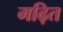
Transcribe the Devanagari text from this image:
मढ़ित